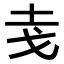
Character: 𭟯